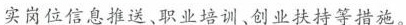
实岗位信息推送、职业培训、创业扶持等措施。